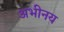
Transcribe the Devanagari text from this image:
अभीनय